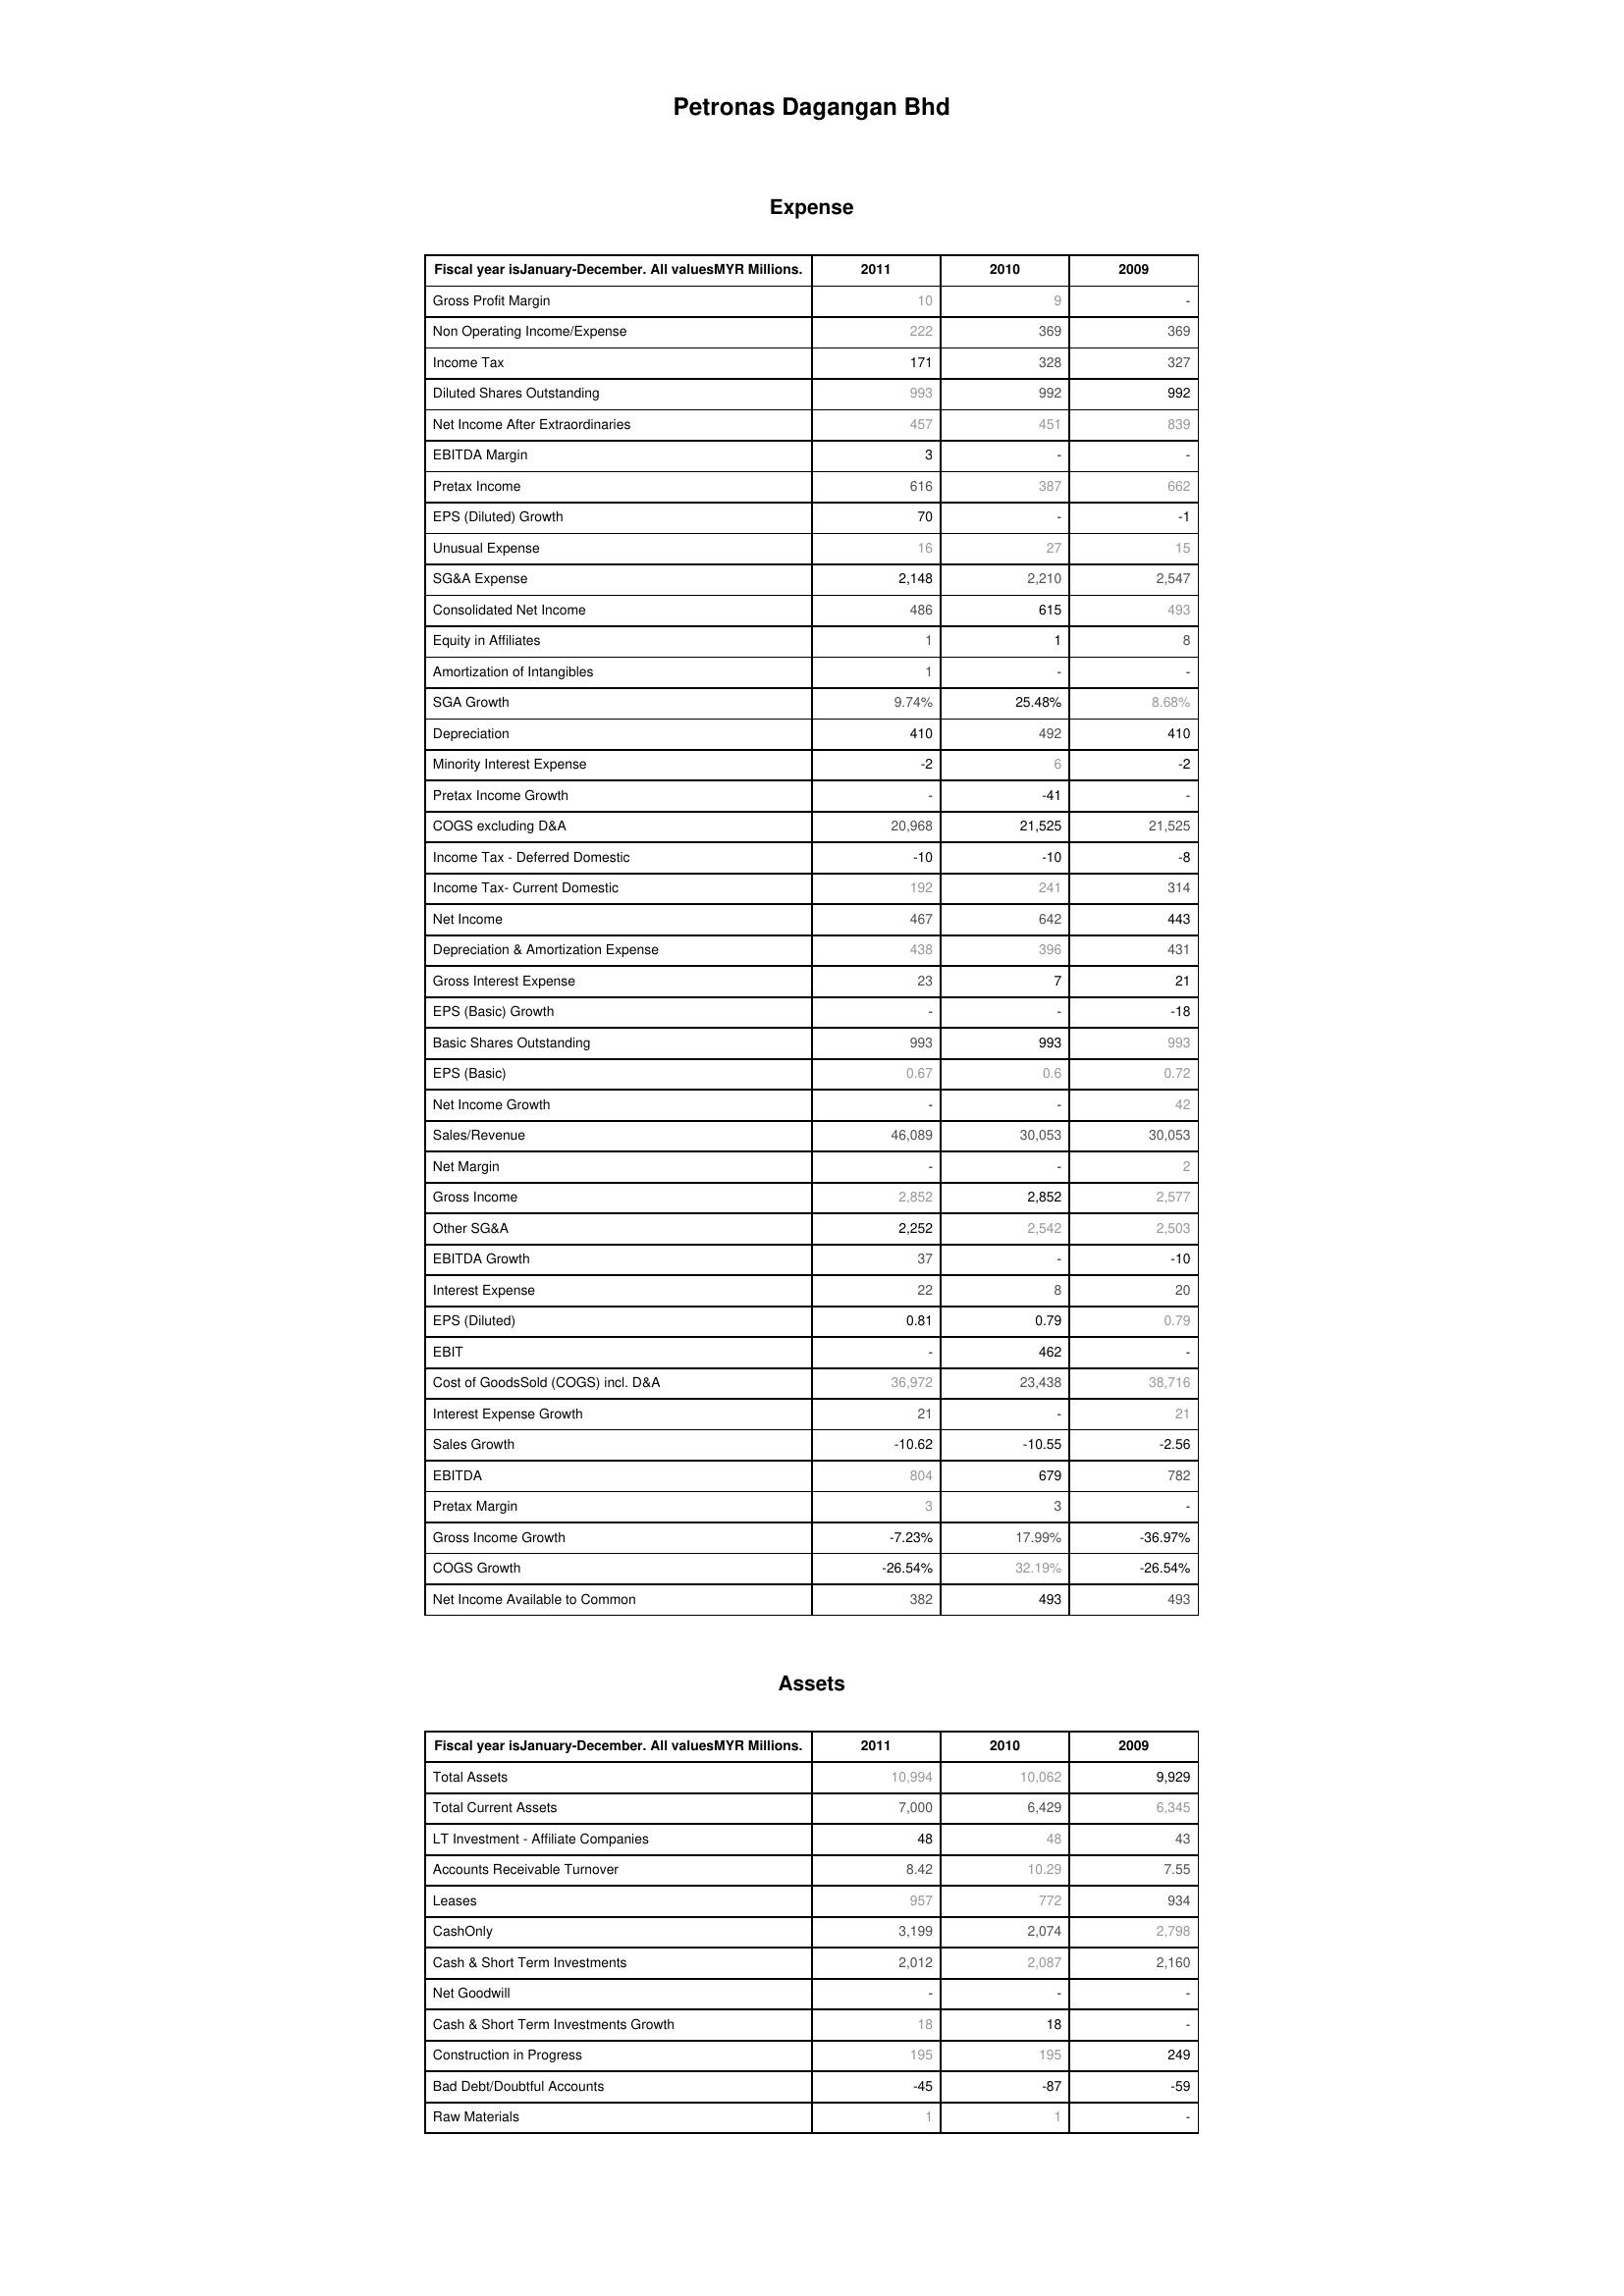
2011: Expense: Gross Profit Margin: 10
Non Operating Income/Expense: 222
Income Tax: 171
Diluted Shares Outstanding: 993
Net Income After Extraordinaries: 457
EBITDA Margin: 3
Pretax Income: 616
EPS (Diluted) Growth: 70
Unusual Expense: 16
SG&A Expense: 2,148
Consolidated Net Income: 486
Equity in Affiliates: 1
Amortization of Intangibles: 1
SGA Growth: 9.74%
Depreciation: 410
Minority Interest Expense: -2
Pretax Income Growth: -
COGS excluding D&A: 20,968
Income Tax - Deferred Domestic: -10
Income Tax- Current Domestic: 192
Net Income: 467
Depreciation & Amortization Expense: 438
Gross Interest Expense: 23
EPS (Basic) Growth: -
Basic Shares Outstanding: 993
EPS (Basic): 0.67
Net Income Growth: -
Sales/Revenue: 46,089
Net Margin: -
Gross Income: 2,852
Other SG&A: 2,252
EBITDA Growth: 37
Interest Expense: 22
EPS (Diluted): 0.81
EBIT: -
Cost of GoodsSold (COGS) incl. D&A: 36,972
Interest Expense Growth: 21
Sales Growth: -10.62
EBITDA: 804
Pretax Margin: 3
Gross Income Growth: -7.23%
COGS Growth: -26.54%
Net Income Available to Common: 382
Assets: Total Assets: 10,994
Total Current Assets: 7,000
LT Investment - Affiliate Companies: 48
Accounts Receivable Turnover: 8.42
Leases: 957
CashOnly: 3,199
Cash & Short Term Investments: 2,012
Net Goodwill: -
Cash & Short Term Investments Growth: 18
Construction in Progress: 195
Bad Debt/Doubtful Accounts: -45
Raw Materials: 1
2010: Expense: Gross Profit Margin: 9
Non Operating Income/Expense: 369
Income Tax: 328
Diluted Shares Outstanding: 992
Net Income After Extraordinaries: 451
EBITDA Margin: -
Pretax Income: 387
EPS (Diluted) Growth: -
Unusual Expense: 27
SG&A Expense: 2,210
Consolidated Net Income: 615
Equity in Affiliates: 1
Amortization of Intangibles: -
SGA Growth: 25.48%
Depreciation: 492
Minority Interest Expense: 6
Pretax Income Growth: -41
COGS excluding D&A: 21,525
Income Tax - Deferred Domestic: -10
Income Tax- Current Domestic: 241
Net Income: 642
Depreciation & Amortization Expense: 396
Gross Interest Expense: 7
EPS (Basic) Growth: -
Basic Shares Outstanding: 993
EPS (Basic): 0.6
Net Income Growth: -
Sales/Revenue: 30,053
Net Margin: -
Gross Income: 2,852
Other SG&A: 2,542
EBITDA Growth: -
Interest Expense: 8
EPS (Diluted): 0.79
EBIT: 462
Cost of GoodsSold (COGS) incl. D&A: 23,438
Interest Expense Growth: -
Sales Growth: -10.55
EBITDA: 679
Pretax Margin: 3
Gross Income Growth: 17.99%
COGS Growth: 32.19%
Net Income Available to Common: 493
Assets: Total Assets: 10,062
Total Current Assets: 6,429
LT Investment - Affiliate Companies: 48
Accounts Receivable Turnover: 10.29
Leases: 772
CashOnly: 2,074
Cash & Short Term Investments: 2,087
Net Goodwill: -
Cash & Short Term Investments Growth: 18
Construction in Progress: 195
Bad Debt/Doubtful Accounts: -87
Raw Materials: 1
2009: Expense: Gross Profit Margin: -
Non Operating Income/Expense: 369
Income Tax: 327
Diluted Shares Outstanding: 992
Net Income After Extraordinaries: 839
EBITDA Margin: -
Pretax Income: 662
EPS (Diluted) Growth: -1
Unusual Expense: 15
SG&A Expense: 2,547
Consolidated Net Income: 493
Equity in Affiliates: 8
Amortization of Intangibles: -
SGA Growth: 8.68%
Depreciation: 410
Minority Interest Expense: -2
Pretax Income Growth: -
COGS excluding D&A: 21,525
Income Tax - Deferred Domestic: -8
Income Tax- Current Domestic: 314
Net Income: 443
Depreciation & Amortization Expense: 431
Gross Interest Expense: 21
EPS (Basic) Growth: -18
Basic Shares Outstanding: 993
EPS (Basic): 0.72
Net Income Growth: 42
Sales/Revenue: 30,053
Net Margin: 2
Gross Income: 2,577
Other SG&A: 2,503
EBITDA Growth: -10
Interest Expense: 20
EPS (Diluted): 0.79
EBIT: -
Cost of GoodsSold (COGS) incl. D&A: 38,716
Interest Expense Growth: 21
Sales Growth: -2.56
EBITDA: 782
Pretax Margin: -
Gross Income Growth: -36.97%
COGS Growth: -26.54%
Net Income Available to Common: 493
Assets: Total Assets: 9,929
Total Current Assets: 6,345
LT Investment - Affiliate Companies: 43
Accounts Receivable Turnover: 7.55
Leases: 934
CashOnly: 2,798
Cash & Short Term Investments: 2,160
Net Goodwill: -
Cash & Short Term Investments Growth: -
Construction in Progress: 249
Bad Debt/Doubtful Accounts: -59
Raw Materials: -